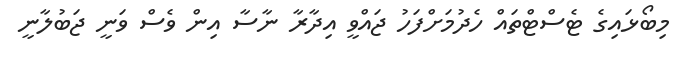
މިބޯޅައިގެ ޓެސްޓްތައް ހެދުމަށްފަހު ޖައްވީ އިދާރާ ނާސާ އިން ވެސް ވަނީ ޖަބުލާނީ